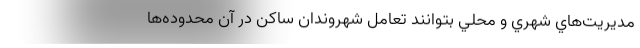
مديريت‌هاي شهري و محلي بتوانند تعامل شهروندان ساكن در آن محدوده‌ها